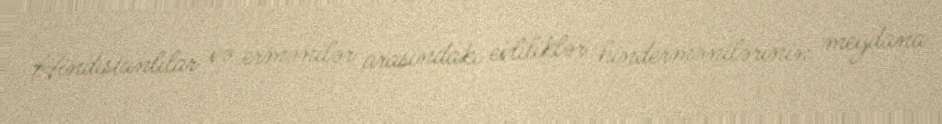
Hindistanlılar və ermənilər arasındakı evliliklər hindermənilərinin meydana